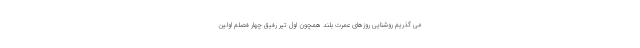
می گذریم روشنایی روزهای عمرت بلند همچون اول تیر رفیق چهار فصلم اولین